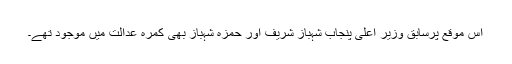
اس موقع پرسابق وزیر اعلیٰ پنجاب شہباز شریف اور حمزہ شہباز بھی کمرہ عدالت میں موجود تھے۔